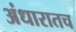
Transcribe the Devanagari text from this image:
अंधारातच